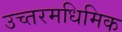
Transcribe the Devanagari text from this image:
उच्तरमधिमिक